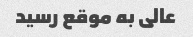
عالی به موقع رسید